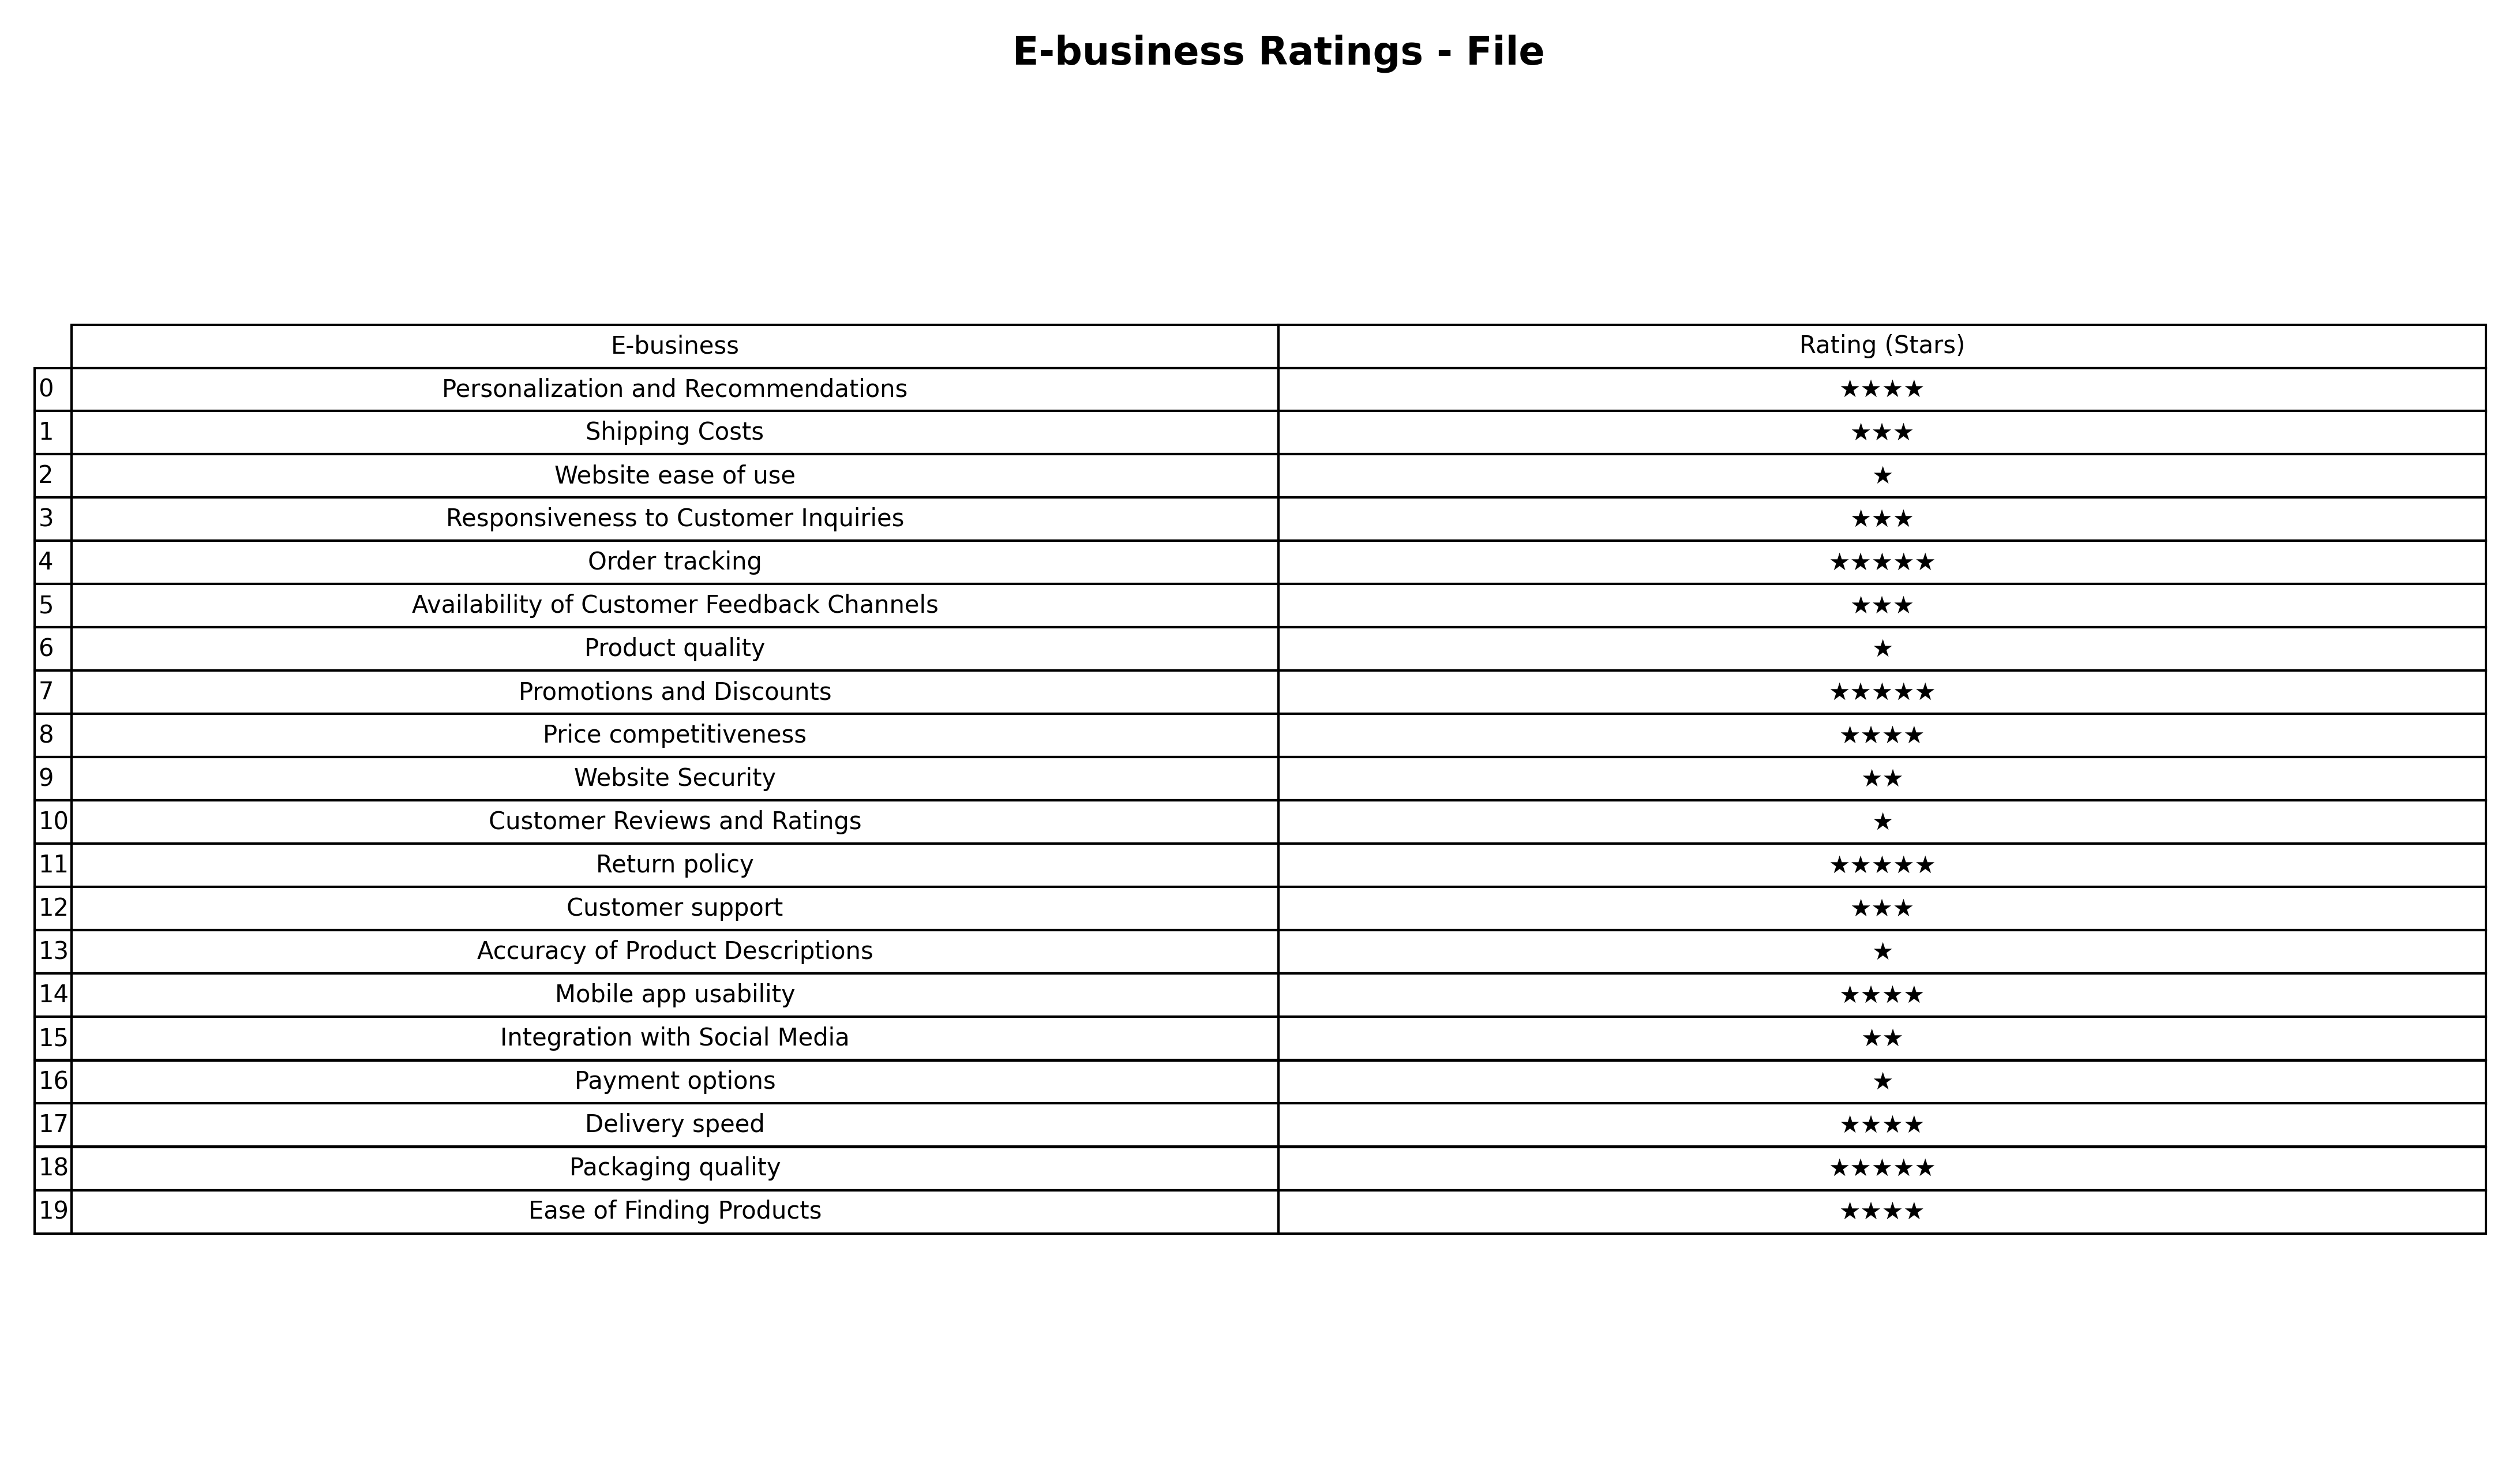
question: What is the rating of Price competitiveness?
answer: ★★★★